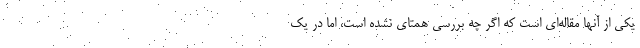
یکی از آنها مقاله‌ای است که اگر چه بررسی همتای نشده است، اما در یک